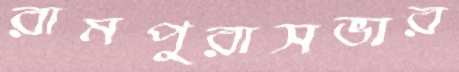
রামপুরাসভার